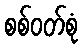
စစ်ဝတ်စုံ